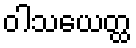
ဝါသယေတ္ထ